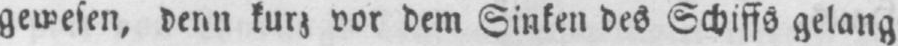
gewesen, denn kurz vor dem Sinken des Schiffs gelang